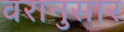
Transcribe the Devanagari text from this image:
वरानुसार